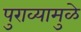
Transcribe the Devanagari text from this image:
पुराव्यामुळे